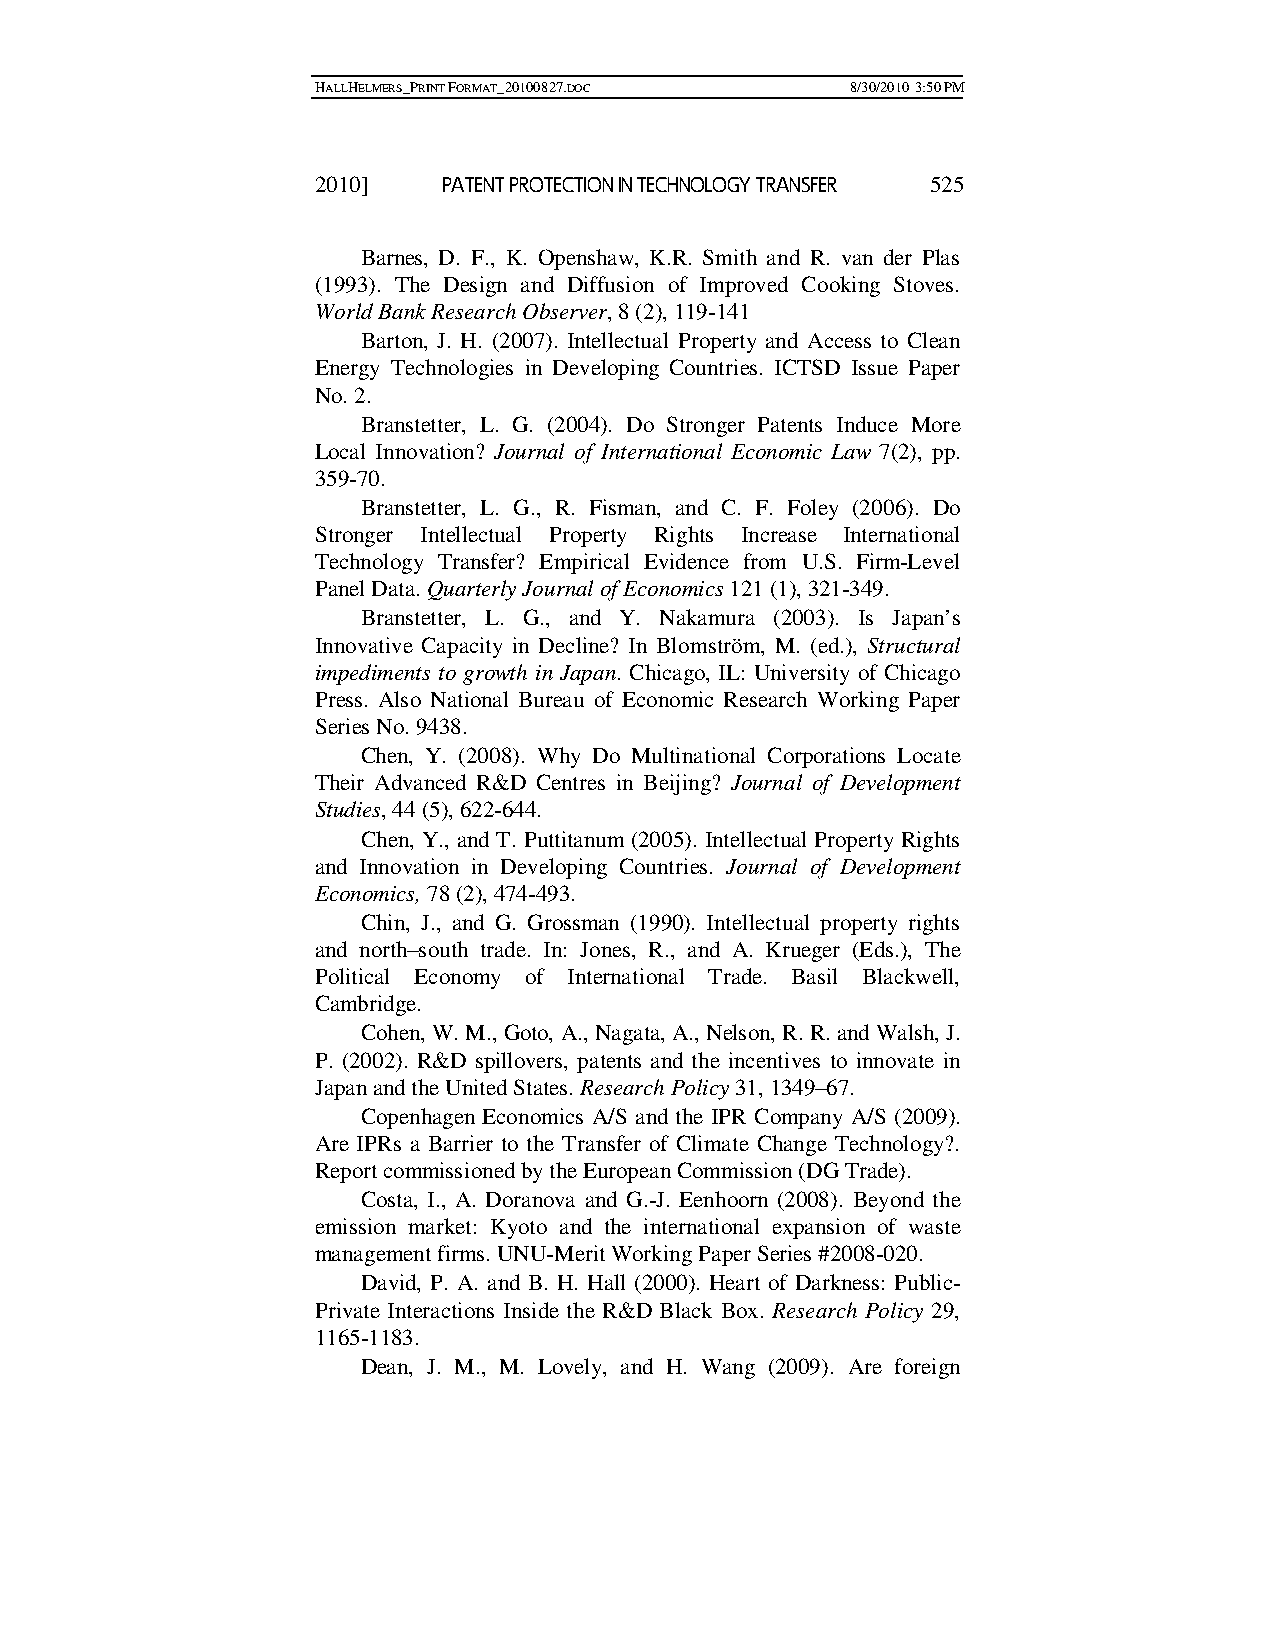
HALLHELMERS_PRINT FORMAT_20100827.DOC 8/30/2010 3:50 PM
 2010]   PATENT PROTECTION IN TECHNOLOGY TRANSFER 525
 Barnes, D. F., K. Openshaw, K.R. Smith and R. van der Plas
 (1993). The Design and Diffusion of Improved Cooking Stoves.
 World Bank Research Observer, 8 (2), 119-141
 Barton, J. H. (2007). Intellectual Property and Access to Clean
 Energy Technologies in Developing Countries. ICTSD Issue Paper
 No. 2.
 Branstetter, L. G. (2004). Do Stronger Patents Induce More
 Local Innovation? Journal of International Economic Law 7(2), pp.
 359-70.
 Branstetter, L. G., R. Fisman, and C. F. Foley (2006). Do
 Stronger Intellectual Property Rights Increase International
 Technology Transfer? Empirical Evidence from U.S. Firm-Level
 Panel Data. Quarterly Journal of Economics 121 (1), 321-349.
 Branstetter, L. G., and Y. Nakamura (2003). Is Japan’s
 Innovative Capacity in Decline? In Blomström, M. (ed.), Structural
 impediments to growth in Japan. Chicago, IL: University of Chicago
 Press. Also National Bureau of Economic Research Working Paper
 Series No. 9438.
 Chen, Y. (2008). Why Do Multinational Corporations Locate
 Their Advanced R&D Centres in Beijing? Journal of Development
 Studies, 44 (5), 622-644.
 Chen, Y., and T. Puttitanum (2005). Intellectual Property Rights
 and Innovation in Developing Countries. Journal of Development
 Economics, 78 (2), 474-493.
 Chin, J., and G. Grossman (1990). Intellectual property rights
 and north–south trade. In: Jones, R., and A. Krueger (Eds.), The
 Political Economy of International Trade. Basil Blackwell,
 Cambridge.
 Cohen, W. M., Goto, A., Nagata, A., Nelson, R. R. and Walsh, J.
 P. (2002). R&D spillovers, patents and the incentives to innovate in
 Japan and the United States. Research Policy 31, 1349–67.
 Copenhagen Economics A/S and the IPR Company A/S (2009).
 Are IPRs a Barrier to the Transfer of Climate Change Technology?.
 Report commissioned by the European Commission (DG Trade).
 Costa, I., A. Doranova and G.-J. Eenhoorn (2008). Beyond the
 emission market: Kyoto and the international expansion of waste
 management firms. UNU-Merit Working Paper Series #2008-020.
 David, P. A. and B. H. Hall (2000). Heart of Darkness: Public-
 Private Interactions Inside the R&D Black Box. Research Policy 29,
 1165-1183.
 Dean, J. M., M. Lovely, and H. Wang (2009). Are foreign